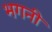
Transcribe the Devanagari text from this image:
भगनी